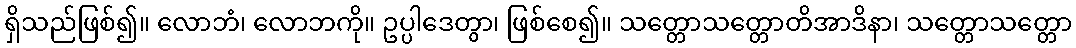
ရှိသည်ဖြစ်၍။ လောဘံ၊ လောဘကို။ ဥပ္ပါဒေတွာ၊ ဖြစ်စေ၍။ သတ္တောသတ္တောတိအာဒိနာ၊ သတ္တောသတ္တော